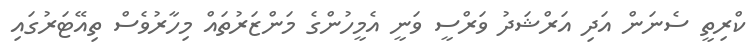
ކްރިތީ ސެނަން އަދި އަރްޝަދު ވަރްސީ ވަނީ އެމީހުންގެ މަންޒަރުތައް މިހާރުވެސް ތިއޭޓަރުގައި